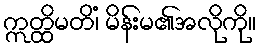
ဣတ္ထိမတိံ၊ မိန်းမ၏အလိုကို။